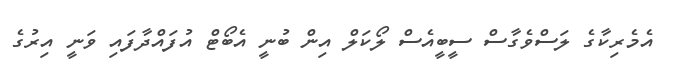
އެމެރިކާގެ ލަސްވެގާސް ސީބީއެސް ލޯކަލް އިން ބުނީ އެބޯޓް އުފައްދާފައި ވަނީ އިރުގެ